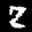
Label: 2